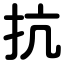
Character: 抗